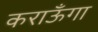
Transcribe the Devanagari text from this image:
कराऊँगा